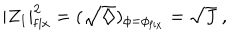
| Z _ { 1 } | _ { \mathrm { f i x } } ^ { 2 } = ( \sqrt { \diamondsuit } ) _ { \phi = \phi _ { \mathrm { f i x } } } = \sqrt { J } \ ,